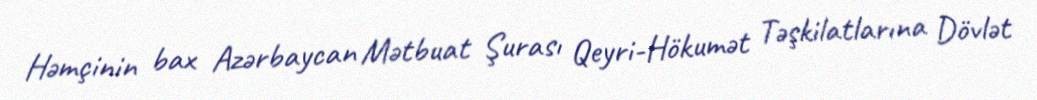
Həmçinin bax Azərbaycan Mətbuat Şurası Qeyri-Hökumət Təşkilatlarına Dövlət